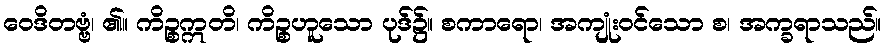
ဝေဒိတဗ္ဗံ၊ ၏။ ကိဉ္စဣတိ၊ ကိဉ္စဟူသော ပုဒ်၌။ စကာရော၊ အကျုံးဝင်သော စ၊ အက္ခရာသည်။